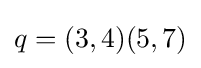
q=(3,4)(5,7)